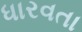
ધારવતા